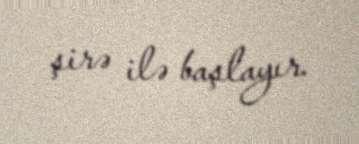
şirə ilə başlayır.